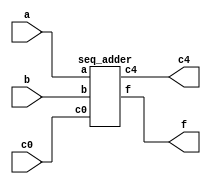
module adder (
input [3 : 0] a, 
input [3 : 0] b, 
input c0,
output [3 : 0] f, 
output c4
);
seq_adder s1(a, b, c0, f, c4);
endmodule

module seq_adder(
input [3 : 0] a, 
input [3 : 0] b, 
input c0, 
output [3 : 0] f, 
output c4
);
wire [4 : 0] c;
assign c[0] = c0;
assign c4 = c[4];
full_adder fa1(a[0], b[0], c[0], f[0], c[1]);
full_adder fa2(a[1], b[1], c[1], f[1], c[2]);
full_adder fa3(a[2], b[2], c[2], f[2], c[3]);
full_adder fa4(a[3], b[3], c[3], f[3], c[4]);
endmodule

module fast_adder (
input [3 : 0] a, 
input [3 : 0] b,
input c0, 
output [3 : 0] f,
output c4
);
wire [4 : 0] c;
wire [3 : 0] p;
wire [3 : 0] g;
assign c4 = c[4];
assign g[0] = a[0] & b[0];
assign g[1] = a[1] & b[1];
assign g[2] = a[2] & b[2];
assign g[3] = a[3] & b[3];
assign p[0] = a[0] | b[0];
assign p[1] = a[1] | b[1];
assign p[2] = a[2] | b[2];
assign p[3] = a[3] | b[3];
assign c[0] = c0;
assign c[1] = g[0] | (p[0] & c[0]);
assign c[2] = g[1] | (p[1] & c[1]);
assign c[3] = g[2] | (p[2] & c[2]);
assign c[4] = g[3] | (p[3] & c[3]);
full_adder fa1(a[0], b[0], c[0], f[0]);
full_adder fa2(a[1], b[1], c[1], f[1]);
full_adder fa3(a[2], b[2], c[2], f[2]);
full_adder fa4(a[3], b[3], c[3], f[3]);
endmodule

module half_adder (
input a, 
input b, 
output f, 
output c
);
assign f = a ^ b;
assign c = a & b;
endmodule

module full_adder (
input a, 
input b, 
input c0, 
output f, 
output c
);
wire f0;
wire cx;
wire cy;
half_adder ha1(a, b, f0, cx);
half_adder ha2(f0, c0, f, cy);
assign c = cx | cy;
endmodule